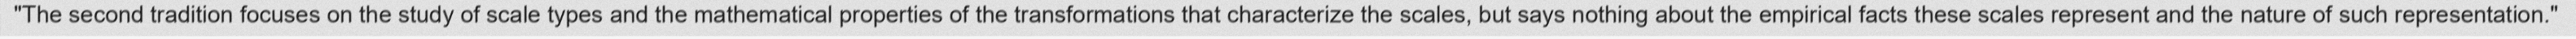
"The second tradition focuses on the study of scale types and the mathematical properties of the transformations that characterize the scales, but says nothing about the empirical facts these scales represent and the nature of such representation."